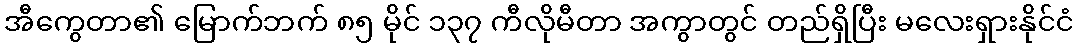
အီကွေတာ၏ မြောက်ဘက် ၈၅ မိုင် ၁၃၇ ကီလိုမီတာ အကွာတွင် တည်ရှိပြီး မလေးရှားနိုင်ငံ